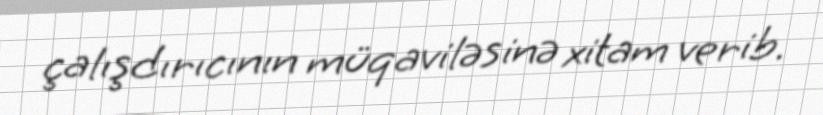
çalışdırıcının müqaviləsinə xitam verib.